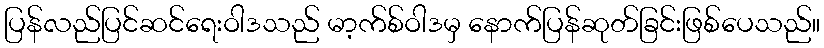
ပြန်လည်ပြင်ဆင်ရေးဝါဒသည် မာ့က်စ်ဝါဒမှ နောက်ပြန်ဆုတ်ခြင်းဖြစ်ပေသည်။